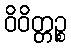
ဝိဝိတ္တဉ္စ